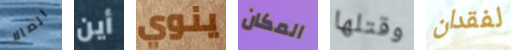
اتصالا أين ينوي المكان وقتلها لفقدان